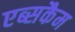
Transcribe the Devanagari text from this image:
एब्सकैम